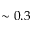
\sim 0 . 3